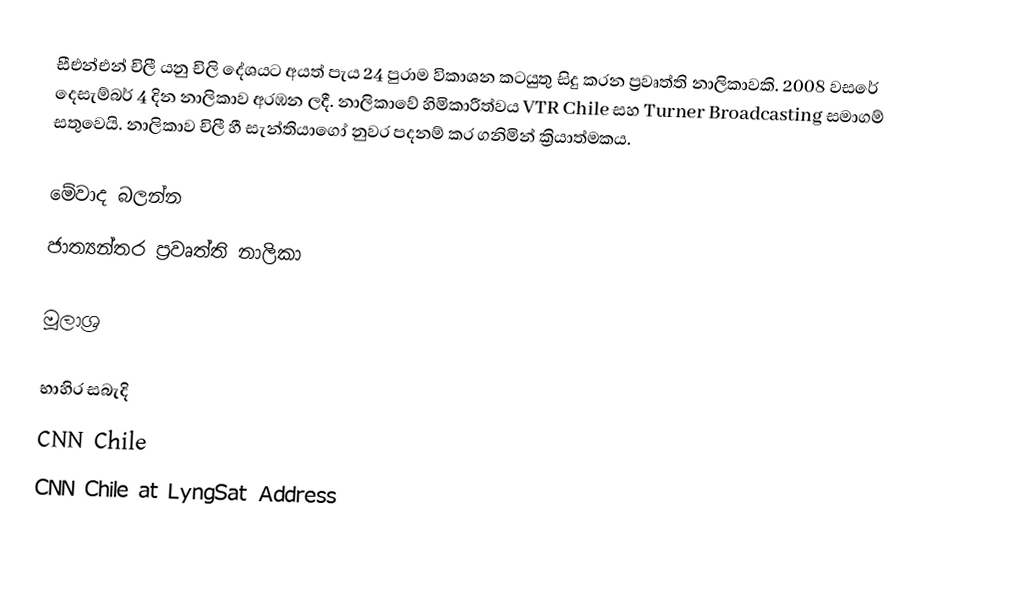
සීඑන්එන් චිලී යනු චිලි දේශයට අයත් පැය 24 පුරාම විකාශන කටයුතු සිදු කරන ප්‍රවෘත්ති නාලිකාවකි. 2008 වසරේ දෙසැම්බර් 4 දින නාලිකාව අරඹන ලදී. නාලිකාවේ හිමිකාරීත්වය VTR Chile සහ Turner Broadcasting සමාගම් සතුවෙයි. නාලිකාව චිලී හී සැන්තියාගෝ නුවර පදනම් කර ගනිමින් ක්‍රියාත්මකය.

මේවාද බලන්න
 ජාත්‍යන්තර ප්‍රවෘත්ති නාලිකා

මූලාශ්‍ර

භාහිර සබැදි
CNN Chile
CNN Chile at LyngSat Address